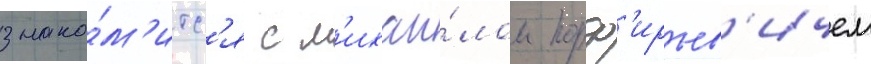
знако́м'итс'я с м'ихаи́лом порф'ирьев'ичем